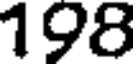
198